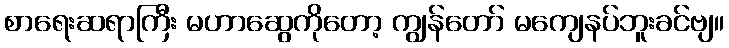
စာရေးဆရာကြီး မဟာဆွေကိုတော့ ကျွန်တော် မကျေနပ်ဘူးခင်ဗျ။